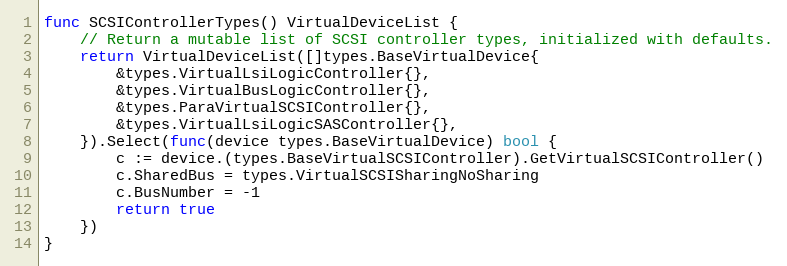
Language: Go
func SCSIControllerTypes() VirtualDeviceList {
	// Return a mutable list of SCSI controller types, initialized with defaults.
	return VirtualDeviceList([]types.BaseVirtualDevice{
		&types.VirtualLsiLogicController{},
		&types.VirtualBusLogicController{},
		&types.ParaVirtualSCSIController{},
		&types.VirtualLsiLogicSASController{},
	}).Select(func(device types.BaseVirtualDevice) bool {
		c := device.(types.BaseVirtualSCSIController).GetVirtualSCSIController()
		c.SharedBus = types.VirtualSCSISharingNoSharing
		c.BusNumber = -1
		return true
	})
}